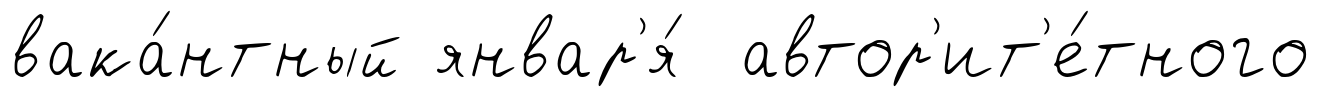
вака́нтный январ'я́ автор'ит'е́тного